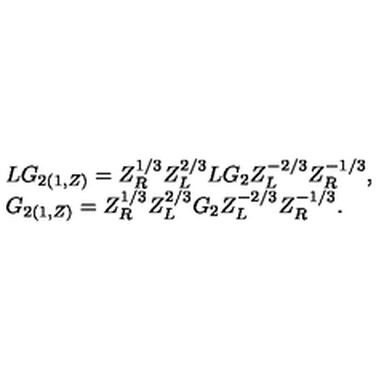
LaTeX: \begin{array} { l } { L G _ { 2 ( 1 , Z ) } = Z _ { R } ^ { 1 / 3 } Z _ { L } ^ { 2 / 3 } L G _ { 2 } Z _ { L } ^ { - 2 / 3 } Z _ { R } ^ { - 1 / 3 } , } \\ { G _ { 2 ( 1 , Z ) } = Z _ { R } ^ { 1 / 3 } Z _ { L } ^ { 2 / 3 } G _ { 2 } Z _ { L } ^ { - 2 / 3 } Z _ { R } ^ { - 1 / 3 } . } \\ \end{array}